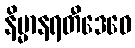
နိမ္မာနရတီဒေဝေ